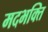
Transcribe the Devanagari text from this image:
मदभक्ति